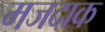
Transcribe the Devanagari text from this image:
मजदाक